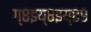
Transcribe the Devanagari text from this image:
ग्८इय्८इय्८९